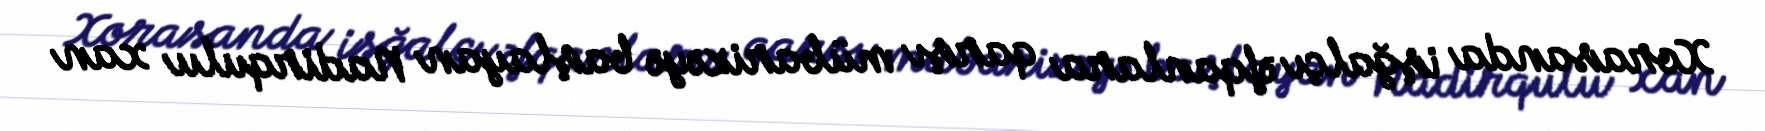
Xorasanda işğalçı əfqanlara qarşı mübarizəyə başlayan Nadirqulu xan